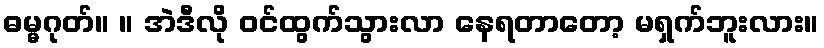
ဓမ္မဂုတ်။ ။ အဲဒီလို ဝင်ထွက်သွားလာ နေရတာတော့ မရှက်ဘူးလား။